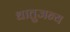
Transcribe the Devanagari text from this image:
धातुजन्य